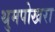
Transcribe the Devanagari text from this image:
थुमपोखरा